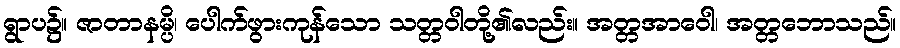
ရွာပ၌။ ဇာတာနမ္ပိ၊ ပေါက်ဖွားကုန်သော သတ္တဝါတို့၏လည်း။ အတ္တအာဝေါ၊ အတ္တဘောသည်။